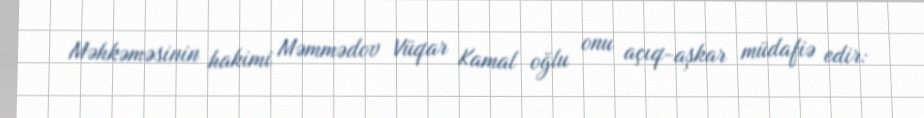
Məhkəməsinin hakimi Məmmədov Vüqar Kamal oğlu onu açıq-aşkar müdafiə edir: